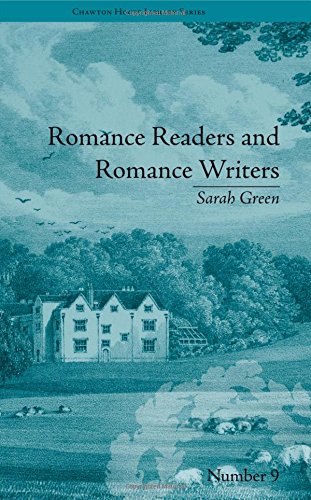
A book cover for Romance Readers and Romance Writers: by Sarah Green (Chawton House Library: Women's Novels); Christopher Goulding; Romance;